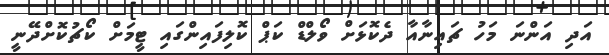
އަދި އަންނަ މަހު ޗައިނާއާ ދެކޮޅަށް ވޯލްޑް ކަޕް ކޮލިފައިންގައި ޓީމަށް ކޯޗުކޮށްދޭނީ